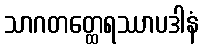
သာဂတတ္ထေရဿာပဒါနံ